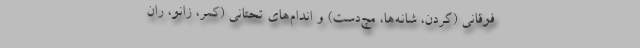
فوقانی (گردن، شانه‌ها، مچ‌دست‌) و اندام‌های تحتانی (کمر، زانو، ران